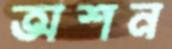
অশন